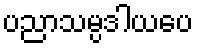
ပညာသမ္ပဒါယပေ